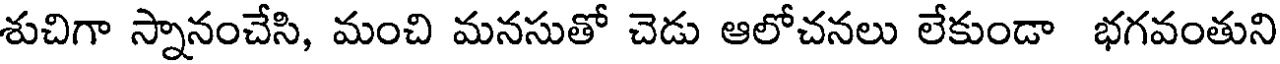
శుచిగా స్నానంచేసి, మంచి మనసుతో చెడు ఆలోచనలు లేకుండా భగవంతుని